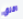
اقلق